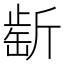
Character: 𣂶